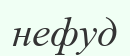
нефуд